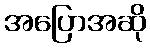
အပြောအဆို